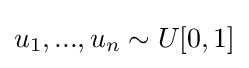
u_{1},...,u_{n}\sim U[0,1]